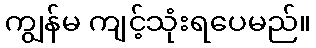
ကျွန်မ ကျင့်သုံးရပေမည်။